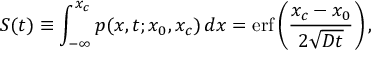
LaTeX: S ( t ) \equiv \int _ { - \infty } ^ { x _ { c } } p ( x , t ; x _ { 0 } , x _ { c } ) \, d x = \operatorname { e r f } \left( { \frac { x _ { c } - x _ { 0 } } { 2 { \sqrt { D t } } } } \right) ,